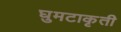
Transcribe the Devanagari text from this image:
घुमटाकृती